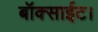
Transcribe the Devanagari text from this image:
बॉक्साईट।